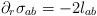
LaTeX: \begin{align*} \partial_r \sigma_{ab} = -2 l_{ab} \end{align*}